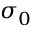
\sigma _ { 0 }